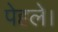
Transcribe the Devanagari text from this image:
पेहले।